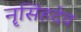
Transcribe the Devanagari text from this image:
नॄसिंहदेव